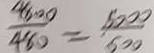
\frac { 4 8 0 0 } { 4 8 0 } = \frac { 5 0 0 0 } { 5 0 0 }